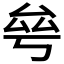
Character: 𠫫